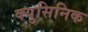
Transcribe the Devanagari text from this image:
क्युसिनिक